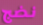
نضج